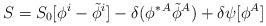
LaTeX: \begin{align*}S = S_0 [\phi^i -\tilde \phi^i ] - \delta (\phi^{\ast\,A}\tilde \phi^A ) + \delta \psi [\phi^A]\end{align*}